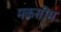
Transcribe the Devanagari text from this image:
मकसीम